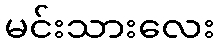
မင်းသားလေး